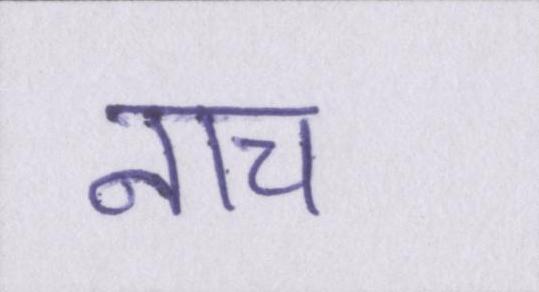
नाच